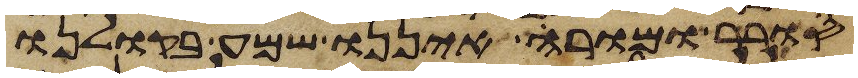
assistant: סורר ומורה איננו שמע בקולנו